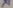
Text: X1